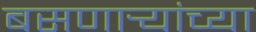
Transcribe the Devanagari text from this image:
बसणार्‍यांच्या